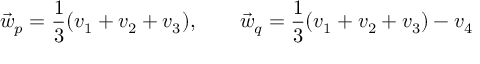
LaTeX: \vec { w } _ { p } = \frac { 1 } { 3 } ( v _ { 1 } + v _ { 2 } + v _ { 3 } ) , \qquad \vec { w } _ { q } = \frac { 1 } { 3 } ( v _ { 1 } + v _ { 2 } + v _ { 3 } ) - v _ { 4 }